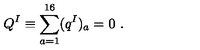
Q ^ { I } \equiv \sum _ { a = 1 } ^ { 1 6 } ( q ^ { I } ) _ { a } = 0 \ .